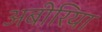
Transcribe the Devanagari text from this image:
अबीरिया